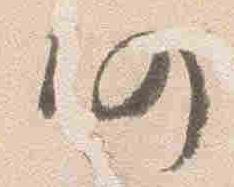
仍